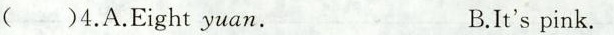
()4.A.Eight yuan. B.It's pink.